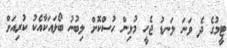
ޓީމުގެ ދެ ވަނަ ލަނޑު ޖެހީ މުޅިން ހުސްކޮށް ލިބުނު ބޯޅައަކާއެކު ކުރިއަށް